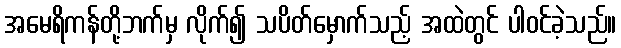
အမေရိကန်တို့ဘက်မှ လိုက်၍ သပိတ်မှောက်သည့် အထဲတွင် ပါဝင်ခဲ့သည်။